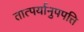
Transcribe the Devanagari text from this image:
तात्पर्यानुपपत्ति